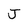
Character: J